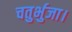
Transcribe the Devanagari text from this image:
चतुर्भुजा।